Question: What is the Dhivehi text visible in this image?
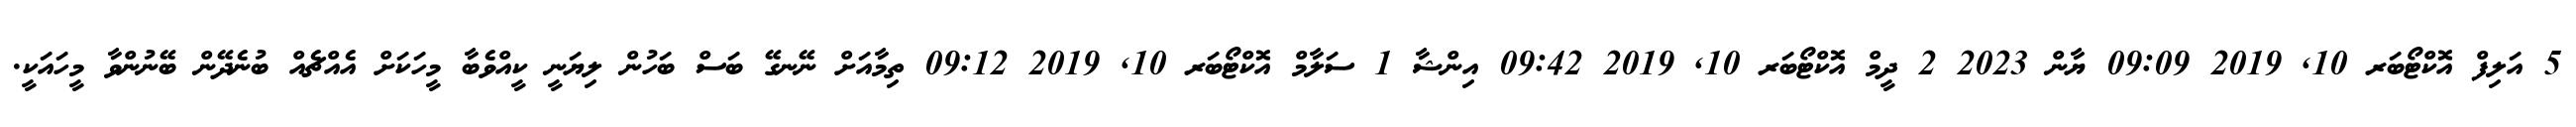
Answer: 5 އަލިފް އޮކްޓޯބަރ 10, 2019 09:09 ޔާން 2023 2 ދީމް އޮކްޓޯބަރ 10, 2019 09:42 އިންޝާ 1 ސަލާމް އޮކްޓޯބަރ 10, 2019 09:12 ތިމާއަށް ނޭނގޭ ބަސް ބަހުން ލިޔަނީ ކީއްވެބާ މީހަކަށް އެއްޗެއް ބުނެދޭން ބޭނުންވާ މީހައަކީ.